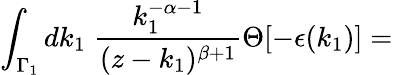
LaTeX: \int_{{\Gamma}_{1}}dk_{1}\; \frac{k_{1}^{-\alpha-1}}{(z-k_{1})^{\beta+1}}\Theta[-\epsilon(k_{1})]=